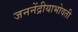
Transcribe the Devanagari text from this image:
जननेंद्रीयाभोवती